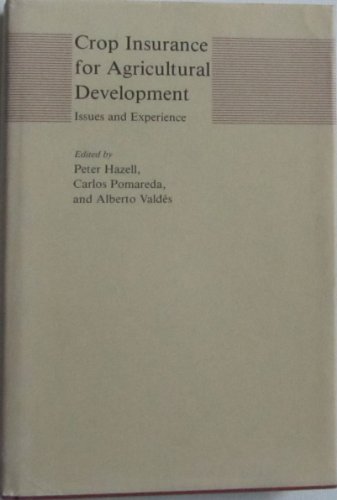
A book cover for Crop Insurance for Agricultural Development: Issues and Experience (International Food Policy Research Institute); Business & Money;